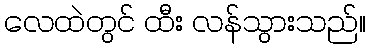
လေထဲတွင် ထီး လန်သွားသည်။